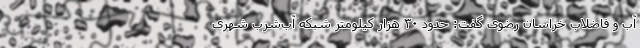
آب و فاضلاب خراسان رضوی گفت: حدود ۳۰ هزار کیلومتر شبکه آب‌شرب شهری